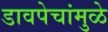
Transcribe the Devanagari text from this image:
डावपेचांमुळे